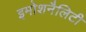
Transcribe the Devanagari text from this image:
इमोशनैलिटी